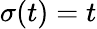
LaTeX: \sigma(t)=t